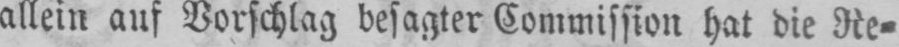
allein auf Vorschlag besagter Commission hat die Re⸗